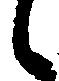
候